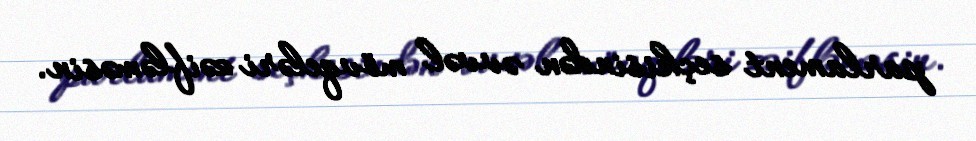
parlament seçkisindən əvvəl mövqeləri zəifləməsin.